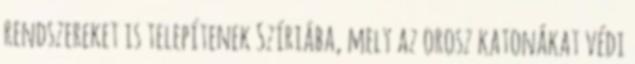
rendszereket is telepítenek Szíriába, mely az orosz katonákat védi